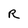
Character: R